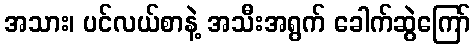
အသား၊ ပင်လယ်စာနဲ့ အသီးအရွက် ခေါက်ဆွဲကြော်